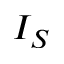
I _ { S }